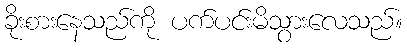
ခိုးစားနေသည်ကို ပက်ပင်းမိသွားလေသည်။